Punjab Mental Hospital Lahore 1932-46 - 1932-1946
Year: 1932
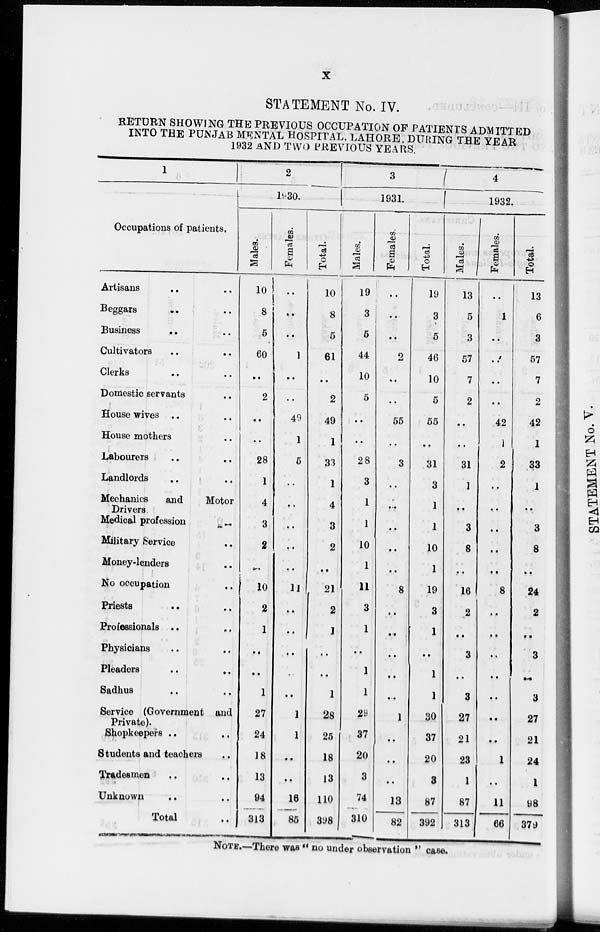
x
STATEMENT No. IV.
RETURN SHOWING THE PREVIOUS OCCUPATION OF PATIENTS ADMITTED
INTO THE PUNJAB MENTAL HOSPITAL, LAHORE, DURING THE YEAR
1932 AND TWO PREVIOUS YEARS.
1
Occupations of patients.
Artisans .. ..
Beggars .. ..
Business .. ..
Cultivators .. ..
Clerks .. ..
Domestic servants ..
House wives .. ..
House mothers ..
Labourers
..
..
Landlords .. ..
Mechanics
and
Motor
Drivers.
Medical profession
..
Military Service ..
Money-lenders ..
No occupation ..
Priests
..
..
Professionals .. ..
Physicians .. ..
Pleaders .. ..
Sadhus .. ..
Service (Government and
Private).
Shopkeepers .. ..
Students and teachers ..
Tradesmen .. ..
Unknown .. ..
Total ..
2
1930.
Males.
10
8
5
60
..
2
..
..
28
1
4
3
2
..
10
2
1
..
..
1
27
24
18
13
94
313
Females.
..
..
..
1
..
..
49
1
5
..
..
..
..
..
11
..
..
..
..
..
1
1
..
..
16
85
Total.
10
8
5
61
..
2
49
1
33
1
4
3
2
..
21
2
1
..
..
1
28
25
18
13
110
398
3
1931.
Males.
19
3l
5
44
10
5
..
..
28
3
1
1
10
1
11
3
1
..
1
1
29
37
20
3
74
310
Females.
..
..
..
2
..
..
55
..
3
..
..
..
..
..
8
..
..
..
..
..
1
..
..
..
13
82
Total.
19
3
5
46
10
5
55
..
31
3
1
1
10
1
19
3
1
..
1
1
30
37
20
3
87
392
4
1932.
Males.
13
5
3
57
7
2
..
..
31
1
..
3
8
..
16
2
..
3
..
3
27
21
23
1
87
313
Females.
..
1
..
..
..
..
42
1
2
..
..
..
..
..
8
..
..
..
..
..
..
..
1
..
11
66
Total.
13
6
3
57
7
2
42
1
33
1
..
3
8
..
24
2
..
3
..
3
27
21
24
1
98
379
NOTE.—There was " no under observation " case.